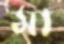
মা